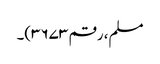
مسلم، رقم ۳۶۷۳)۔